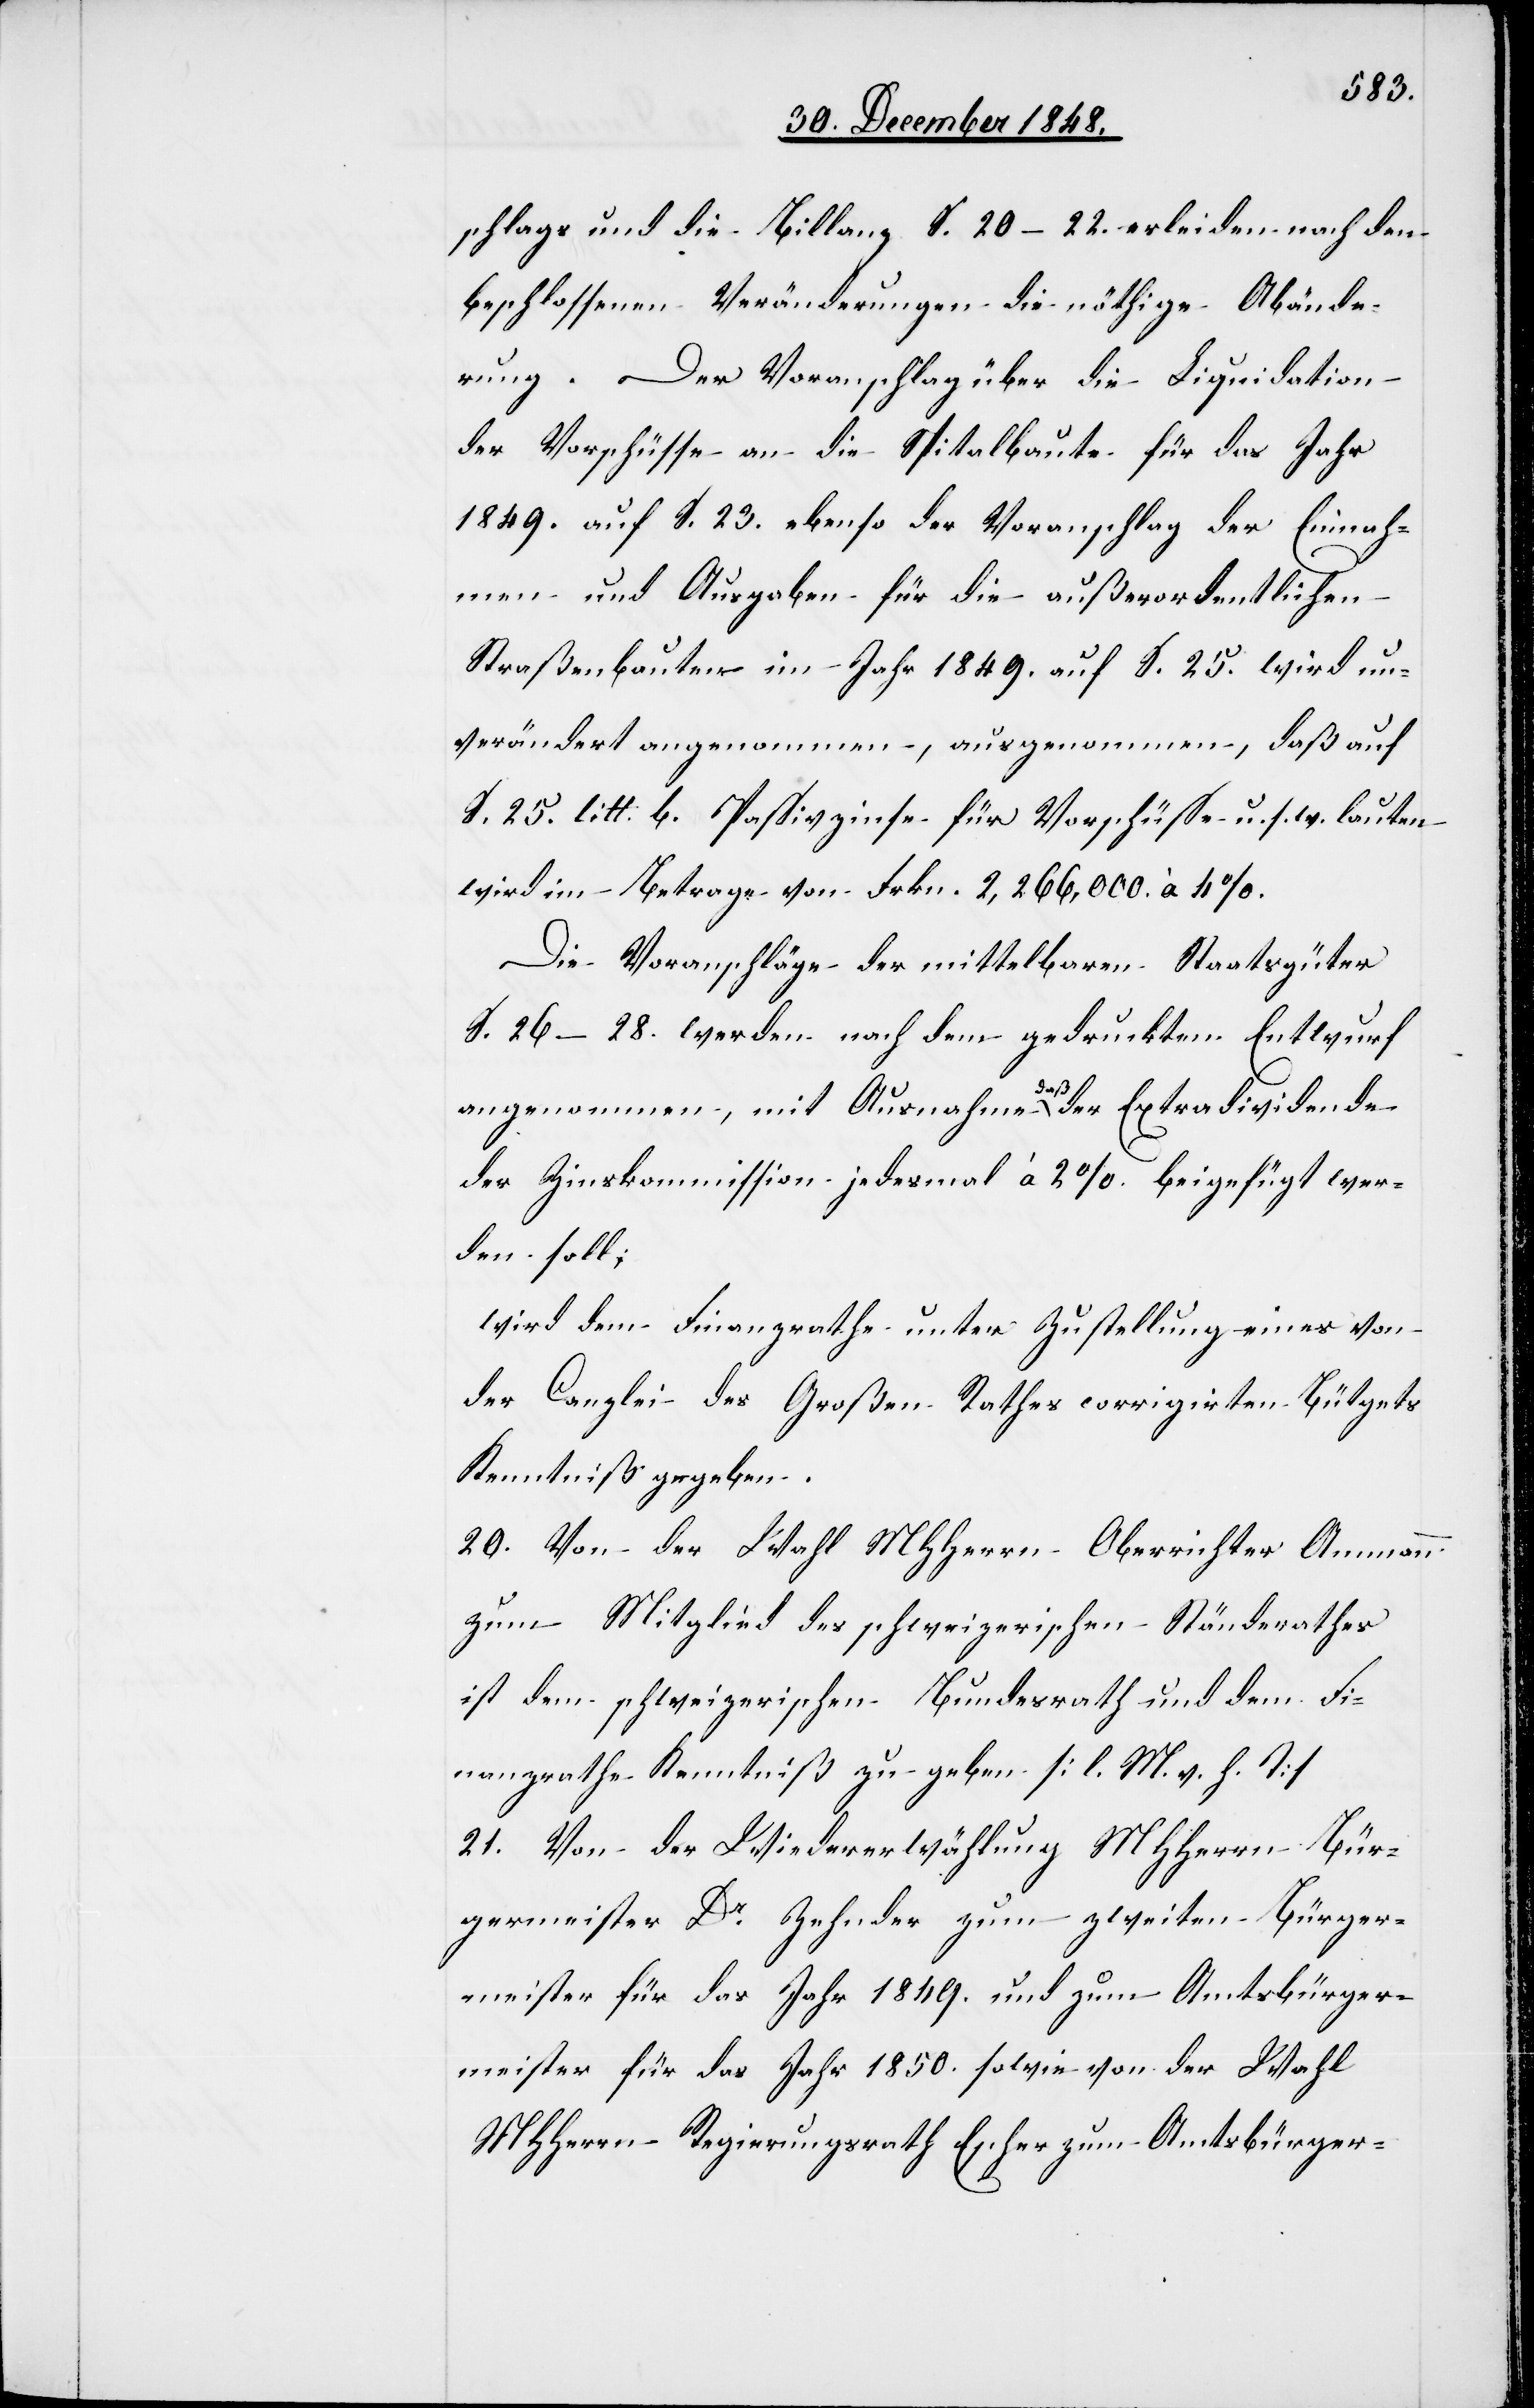
schlags und die Billanz S. 20–22. erleiden nach den
beschlossenen Veränderungen die nöthige Abände¬
rung. Der Voranschlag über die Liquidation
der Vorschüsse an die Spitalbaute für das Jahr
1849. auf S. 23. ebenso der Voranschlag der Einnah¬
men und Ausgaben für die außerordentlichen
Straßenbauten im Jahr 1849. auf S. 25. wird un¬
verändert angenommen, ausgenommen, daß auf
S. 25. litt. b. Passivzinse für Vorschüsse u. s. w. lauten
wird im Betrage von Frkn. 2,266,000. à 4%.
Die Voranschläge der mittelbaren Staatsgüter
S. 26–28. werden nach dem gedruckten Entwurf
angenommen, mit Ausnahme daß der Extradividende
der Zinskommission jedesmal à 2%. beigefügt wer¬
den soll;
wird dem Finanzrathe unter Zustellung eines von
der Canzlei des Großen Rathes corrigirten Bütgets
Kenntniß gegeben.
20. Von der Wahl MHHerrn Oberrichter Ammann
zum Mitglied des schweizerischen Ständerathes
ist dem schweizerischen Bundesrath und dem Fi¬
nanzrathe Kenntniß zu geben [l. M. v. h. T]
21. Von der Wiedererwählung MHHerrn Bür¬
germeister Dr Zehnder zum zweiten Bürger¬
meister für das Jahr 1849. und zum Amtsbürger¬
meister für das Jahr 1850. sowie von der Wahl
MHHerrn Regierungsrath Escher zum Amtsbürger-